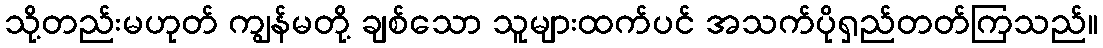
သို့တည်းမဟုတ် ကျွန်မတို့ ချစ်သော သူများထက်ပင် အသက်ပိုရှည်တတ်ကြသည်။